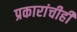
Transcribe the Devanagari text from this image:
प्रकारांचीही